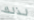
لذلك